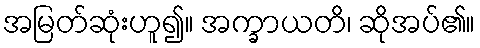
အမြတ်ဆုံးဟူ၍။ အက္ခာယတိ၊ ဆိုအပ်၏။